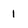
Character: 1